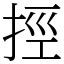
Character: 挳